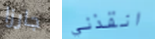
جارزا انقذني